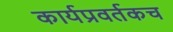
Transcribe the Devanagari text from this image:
कार्यप्रवर्तकच